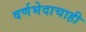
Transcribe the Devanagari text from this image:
वर्णभेदाचाही